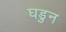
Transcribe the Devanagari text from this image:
घडुन